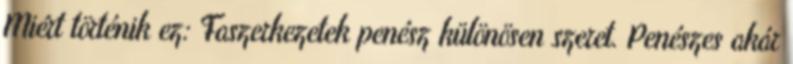
Miért történik ez: Faszerkezetek penész különösen szeret. Penészes akár